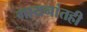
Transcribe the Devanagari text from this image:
गायनांतही